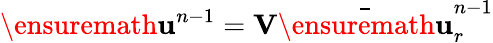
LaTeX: \ensuremath{\mathbf{u}}^{n-1}=\mathbf{V}\bar{\ensuremath{\mathbf{u}}}_{r}^{n-1}